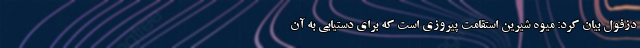
دزفول بیان کرد: میوه شیرین استقامت پیروزی است که برای دستیابی به آن